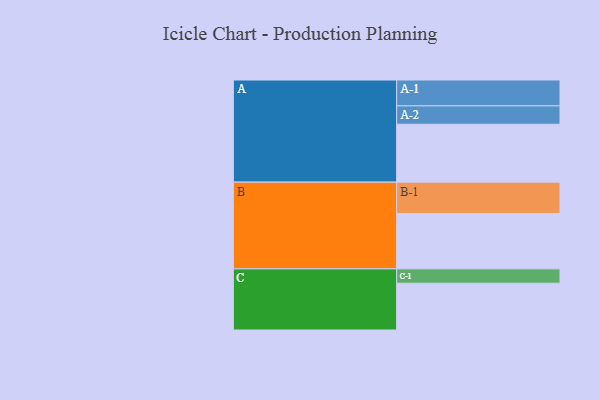
{"axis": {"x": "Segment", "y": "Value"}, "legend": ["", "A", "B", "C"], "data": [{"x": "A", "y": 432, "type": ""}, {"x": "B", "y": 413, "type": ""}, {"x": "C", "y": 349, "type": ""}, {"x": "A-1", "y": 193, "type": "A"}, {"x": "A-2", "y": 137, "type": "A"}, {"x": "B-1", "y": 234, "type": "B"}, {"x": "C-1", "y": 107, "type": "C"}]}